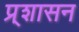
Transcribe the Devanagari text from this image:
प्र्शासन